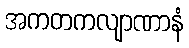
အကတကလျာဏာနံ